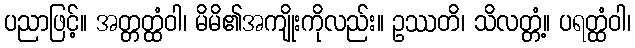
ပညာဖြင့်။ အတ္တတ္ထံဝါ၊ မိမိ၏အကျိုးကိုလည်း။ ဥဿတိ၊ သိလတ္တံ့။ ပရတ္ထံဝါ၊